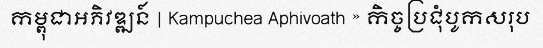
កម្ពុជាអភិវឌ្ឍន៍ | Kampuchea Aphivoath » កិច្ចប្រជុំបូកសរុប